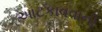
આટકાવવાની